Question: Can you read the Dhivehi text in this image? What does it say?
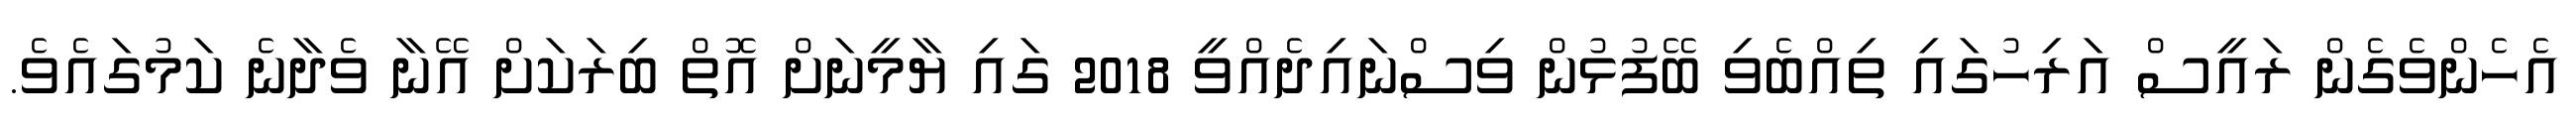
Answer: އެހެންވެގެން ރައީސް އަރިހުގައި ތިއްބެވި ބޭފުޅުން ވިސްނައިދެއްވީ 2018 ގައި ޔާމީނަށް އޮތް ބިރަކަށް އޭނާ ވެދާނެ ކަމުގައެވެ.